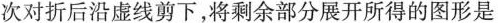
次对折后沿虚线剪下，将剩余部分展开所得的图形是